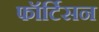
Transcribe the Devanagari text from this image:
फॉर्टिसन